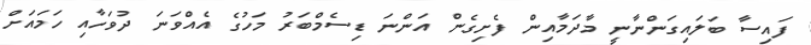
ފައިސާ ބަލައިގަންނާނީ މާދަމާއިން ފެށިގެން އަންނަ ޑިސެމްބަރު މަހުގެ އެއްވަނަ ދުވަހާއި ހަމައަށް